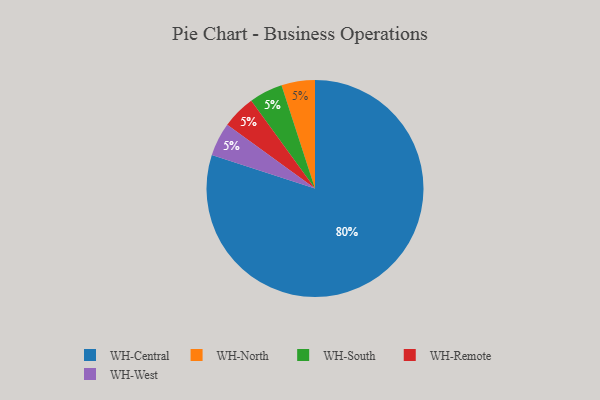
{"axis": {"x": "Category", "y": "Percentage"}, "legend": ["WH-Central", "WH-North", "WH-Remote", "WH-South", "WH-West"], "data": [{"x": "WH-North", "y": 5, "type": "WH-North"}, {"x": "WH-South", "y": 5, "type": "WH-South"}, {"x": "WH-Remote", "y": 5, "type": "WH-Remote"}, {"x": "WH-West", "y": 5, "type": "WH-West"}, {"x": "WH-Central", "y": 80, "type": "WH-Central"}]}